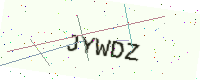
Text: JYWDZ